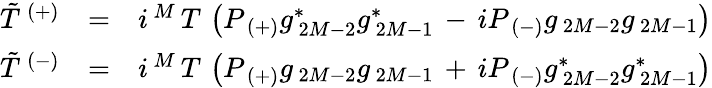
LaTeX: \begin{array}{ccl}{{\tilde{T}^{\, (+)}}}&{{=}}&{{i^{\, M}\, T\, \left(P_{\, (+)}g_{\, 2M-2}^{\ast}g_{\, 2M-1}^{\ast}\, -\, iP_{\, (-)}g_{\, 2M-2}g_{\, 2M-1}\right)}}\\ {{\tilde{T}^{\, (-)}}}&{{=}}&{{i^{\, M}\, T\, \left(P_{\, (+)}g_{\, 2M-2}g_{\, 2M-1}\, +\, iP_{\, (-)}g_{\, 2M-2}^{\ast}g_{\, 2M-1}^{\ast}\right)}}\end{array}